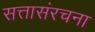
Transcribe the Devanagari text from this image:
सत्तासंरचना